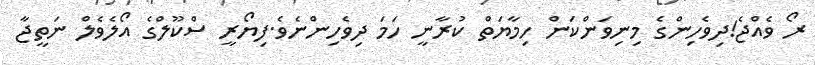
ރޯ ވެއްޖެ!ދިވެހިންގެ މިނިވަންކަން ހިމާޔަތް ކުރާނީ ހަމަ ދިވެހިންނެވެ.ފިޔޯރީ ސްކޫލްގެ އޯލެވެލް ނަތީޖާ